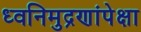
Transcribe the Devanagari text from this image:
ध्वनिमुद्रणांपेक्षा